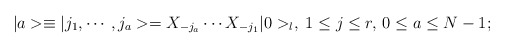
\begin{align*}\vert a>\equiv \vert j_1,\cdots , j_a>=X_{-j_a}\cdots X_{-j_1}\vert 0>_l,\; 1\leq j\leq r,\, 0\leq a\leq N-1;\end{align*}